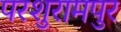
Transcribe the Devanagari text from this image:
परशुरामपुर